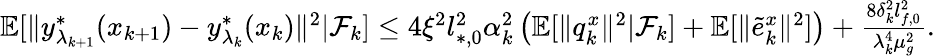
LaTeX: \begin{array}{r}{\mathbb{E}[\| y_{\lambda_{k+1}}^{*}(x_{k+1})-y_{\lambda_{k}}^{*}(x_{k})\| ^{2}|\mathcal{F}_{k}]\le 4\xi^{2}l_{*,0}^{2}\alpha_{k}^{2}\left(\mathbb{E}[\| q_{k}^{x}\| ^{2}|\mathcal{F}_{k}]+\mathbb{E}[\| \tilde{e}_{k}^{x}\| ^{2}]\right)+\frac{8\delta_{k}^{2}l_{f,0}^{2}}{\lambda_{k}^{4}\mu_{g}^{2}}.}\end{array}